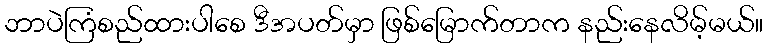
ဘာပဲကြံစည်ထားပါစေ ဒီအပတ်မှာ ဖြစ်မြောက်တာက နည်းနေလိမ့်မယ်။